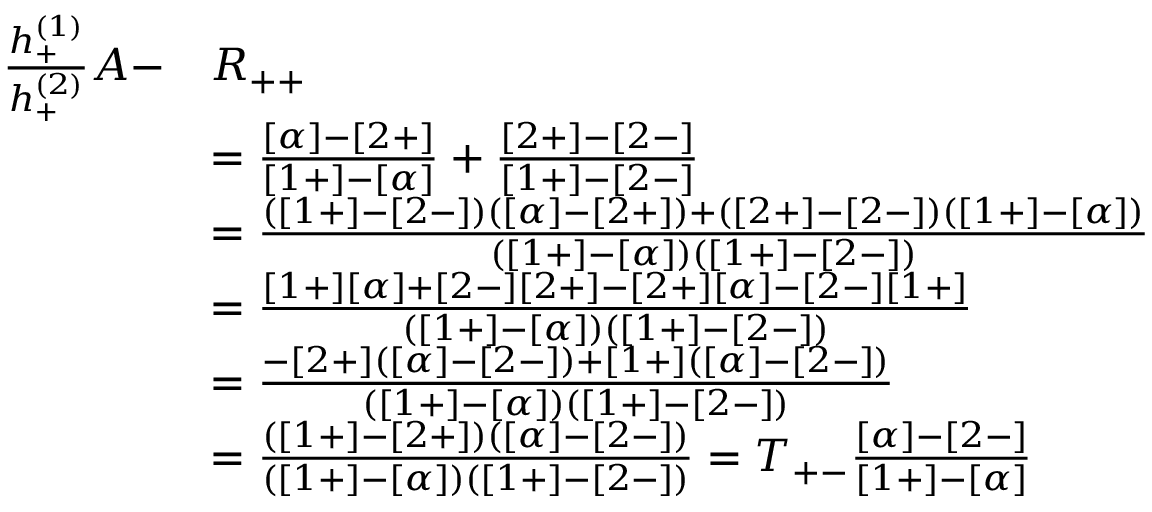
\begin{array} { r l } { \frac { h _ { + } ^ { ( 1 ) } } { h _ { + } ^ { ( 2 ) } } A - } & { R _ { + + } } \\ & { = \frac { [ \alpha ] - [ 2 + ] } { [ 1 + ] - [ \alpha ] } + \frac { [ 2 + ] - [ 2 - ] } { [ 1 + ] - [ 2 - ] } } \\ & { = \frac { ( [ 1 + ] - [ 2 - ] ) ( [ \alpha ] - [ 2 + ] ) + ( [ 2 + ] - [ 2 - ] ) ( [ 1 + ] - [ \alpha ] ) } { ( [ 1 + ] - [ \alpha ] ) ( [ 1 + ] - [ 2 - ] ) } } \\ & { = \frac { [ 1 + ] [ \alpha ] + [ 2 - ] [ 2 + ] - [ 2 + ] [ \alpha ] - [ 2 - ] [ 1 + ] } { ( [ 1 + ] - [ \alpha ] ) ( [ 1 + ] - [ 2 - ] ) } } \\ & { = \frac { - [ 2 + ] ( [ \alpha ] - [ 2 - ] ) + [ 1 + ] ( [ \alpha ] - [ 2 - ] ) } { ( [ 1 + ] - [ \alpha ] ) ( [ 1 + ] - [ 2 - ] ) } } \\ & { = \frac { ( [ 1 + ] - [ 2 + ] ) ( [ \alpha ] - [ 2 - ] ) } { ( [ 1 + ] - [ \alpha ] ) ( [ 1 + ] - [ 2 - ] ) } = T _ { + - } \frac { [ \alpha ] - [ 2 - ] } { [ 1 + ] - [ \alpha ] } } \end{array}